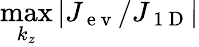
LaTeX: \operatorname*{max}_{k_{z}}|J_{\mathrm{~e~v~}}/J_{\mathrm{~1~D~}}|